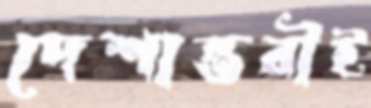
দেশান্তরীই